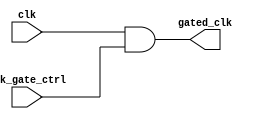
module clock_gating_cell (
    input wire clk,                // Primary clock signal
    input wire clk_gate_ctrl,      // Clock gating control signal
    output wire gated_clk          // Gated clock output
);
    // Gated clock logic using AND gate
    assign gated_clk = clk & clk_gate_ctrl; // Clock is passed only when clk_gate_ctrl is high
endmodule